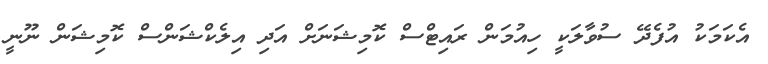
އެކަމަކު އުފެދޭ ސުވާލަކީ ހިއުމަން ރައިޓްސް ކޮމިޝަނަށް އަދި އިލެކްޝަންސް ކޮމިޝަން ނޫނީ